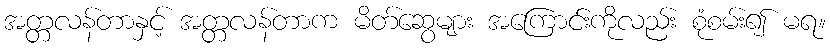
အတ္တလန်တာနှင့် အတ္တလန်တာက မိတ်ဆွေများ အကြောင်းကိုလည်း စုံစမ်း၍ မရ။